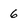
Character: 6